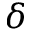
\delta